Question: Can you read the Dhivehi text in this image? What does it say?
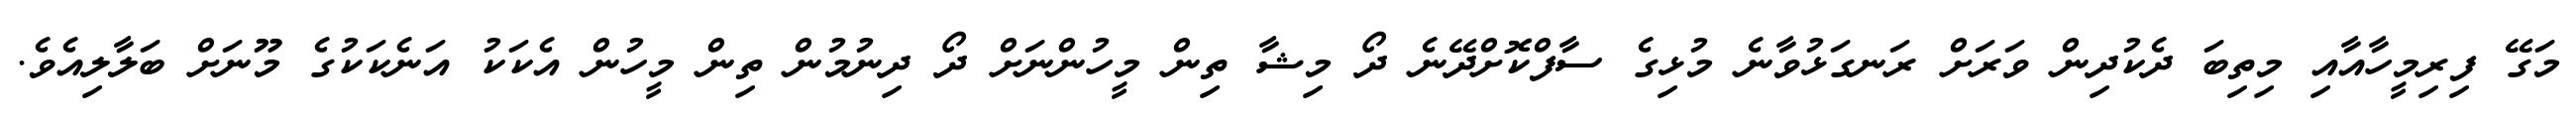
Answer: މަގޭ ފިރިމީހާއާއި މިތިބަ ދެކުދިން ވަރަށް ރަނގަޅުވާނެ މުޅިގެ ސާފްކޮށްދޭނެ ދޯ މިޝާ ތިން މީހުންނަށް ދޯ ދިނުމުން ތިން މީހުން އެކަކު އަނެކަކުގެ މޫނަށް ބަލާލިއެވެ.